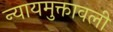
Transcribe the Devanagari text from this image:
न्यायमुक्तावली